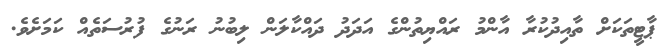
ޕާޓީތަކަށް ތާއިދުކުރާ އާންމު ރައްޔިތުންގެ އަދަދު ދައްކާލަން ލިބުނު ރަނުގެ ފުރުސަތެއް ކަމަށެވެ.